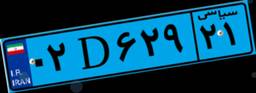
۰۲D۶۲۹۲۱